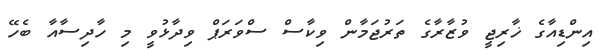
އިންޑިއާގެ ޚާރިޖީ ވުޒާރާގެ ތަރުޖަމާން ވިކާސް ސްވަރަޕް ވިދާޅުވީ މި ހާދިސާއާ ބެހޭ